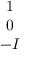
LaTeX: \begin{array} { c } { { 1 } } \\ { { 0 } } \\ { { - I } } \end{array}